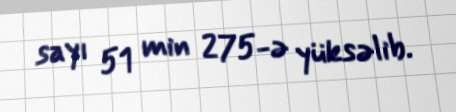
sayı 51 min 275-ə yüksəlib.